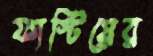
ফাস্টিয়ের